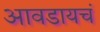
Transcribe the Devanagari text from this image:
आवडायचं